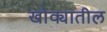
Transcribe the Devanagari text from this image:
खोक्यातील